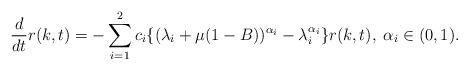
LaTeX: \begin{align*}\frac{d}{dt}r(k, t) = -\sum_{i=1}^{2} c_{i}\{(\lambda_{i} + \mu(1-B))^{\alpha_{i}}-\lambda_{i}^{\alpha_{i}}\} r(k,t),\; \alpha_{i} \in (0,1).\end{align*}